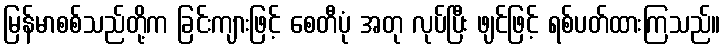
မြန်မာစစ်သည်တို့က ခြင်းကျားဖြင့် စေတီပုံ အတု လုပ်ပြီး ဖျင်ဖြင့် ရစ်ပတ်ထားကြသည်။